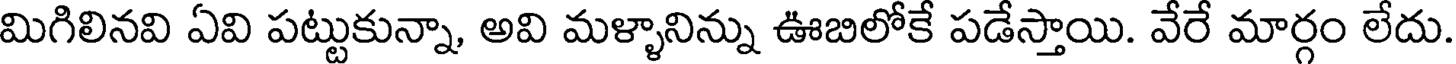
మిగిలినవి ఏవి పట్టుకున్నా, అవి మళ్ళానిన్ను ఊబిలోకే పడేస్తాయి. వేరే మార్గం లేదు.